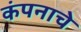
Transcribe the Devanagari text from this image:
कंपनाचे